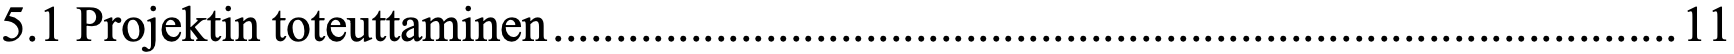
5.1 Projektin toteuttaminen .......................................................................................... 11